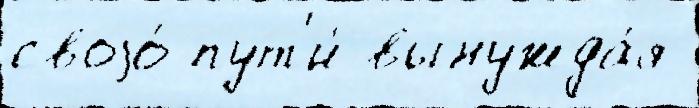
своjо́ пут'и́ вынужда́я